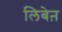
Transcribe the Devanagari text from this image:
लिबेऩ